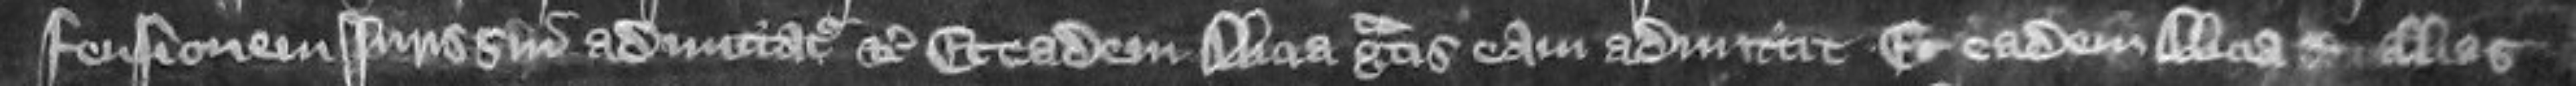
fensionem juris sui admittatur etc Et eadem Alicia gratis eam admittit Et eadem Alicia alias